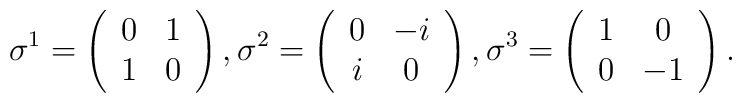
\sigma^1 = \left(\begin{array}{cc}             0 & 1 \\             1 & 0 \end{array}\right),\sigma^2 = \left(\begin{array}{cc}             0 & -i \\             i & 0 \end{array}\right),\sigma^3 = \left(\begin{array}{cc}             1 & 0 \\             0 & -1 \end{array}\right).